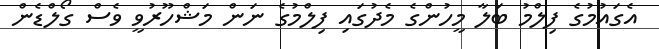
އެގައުމުގެ ފިލްމު ބަލާ މީހުންގެ މެދުގައި ފިލްމުގެ ނަން މަޝްހޫރުވީ ވެސް ގޯލްޑެން